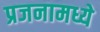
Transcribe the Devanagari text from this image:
प्रजनामध्ये